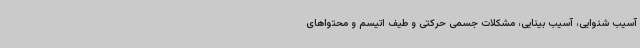
آسیب شنوایی، آسیب بینایی، مشکلات جسمی حرکتی و طیف اتیسم و محتواهای